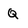
Character: Q